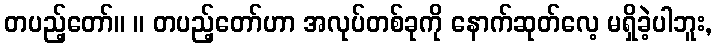
တပည့်တော်။ ။ တပည့်တော်ဟာ အလုပ်တစ်ခုကို နောက်ဆုတ်လေ့ မရှိခဲ့ပါဘူး,